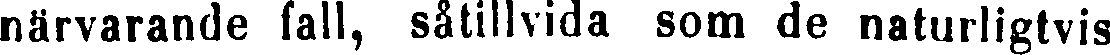
närvarande fall, såtillvida som de naturligtvis